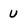
Character: U